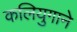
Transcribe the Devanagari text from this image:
कलियुगाने